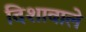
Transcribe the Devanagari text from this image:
दिशावाले